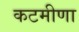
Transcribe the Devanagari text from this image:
कटमीणा